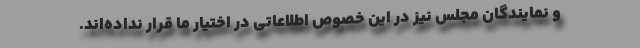
و نمایندگان مجلس نیز در این خصوص اطلاعاتی در اختیار ما قرار نداده‌اند.